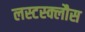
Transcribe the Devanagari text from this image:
लस्टस्क्लौस